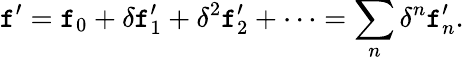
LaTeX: \mathtt{f}^{\prime}=\mathtt{f}_{0}+\delta\mathtt{f}_{1}^{\prime}+\delta^{2}\mathtt{f}_{2}^{\prime}+\cdots=\sum_{n}\delta^{n}\mathtt{f}_{n}^{\prime}.